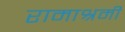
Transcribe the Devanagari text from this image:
रामाश्रमी